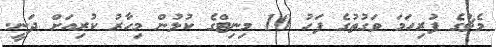
މެޗުގެ ފުރިހަމަ ވަގުތުގެ ފަހު 10 މިނިޓްގެ ކުޅުން މިހާރު ކުރިއަށް ދަނީ.